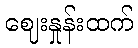
ဈေးနှုန်းထက်